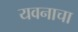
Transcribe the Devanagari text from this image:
यवनाचा